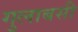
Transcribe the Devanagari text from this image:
गुलाबसी